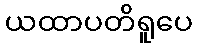
ယထာပတိရူပေ